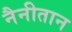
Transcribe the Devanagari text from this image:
नैनीतान